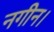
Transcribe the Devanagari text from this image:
नगीन।